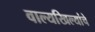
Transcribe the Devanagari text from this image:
वाल्यखिल्यांचे